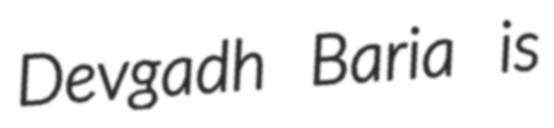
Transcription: Devgadh Baria is